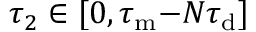
\tau _ { 2 } \in [ 0 , \tau _ { \mathrm { m } } { - } N \tau _ { \mathrm { d } } ]